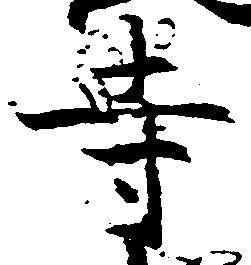
寺